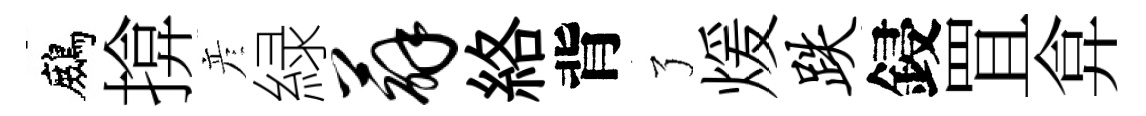
鷓揜彦緑薜絡背了煖跌鋟罝弇